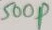
Text: 500p